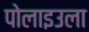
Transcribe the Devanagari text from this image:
पोलाइउला